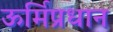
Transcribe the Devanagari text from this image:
ऊर्मिप्रधान